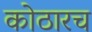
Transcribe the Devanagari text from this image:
कोठारच